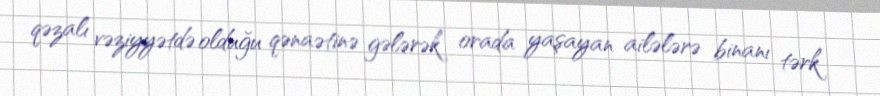
qəzalı vəziyyətdə olduğu qənaətinə gələrək orada yaşayan ailələrə binanı tərk